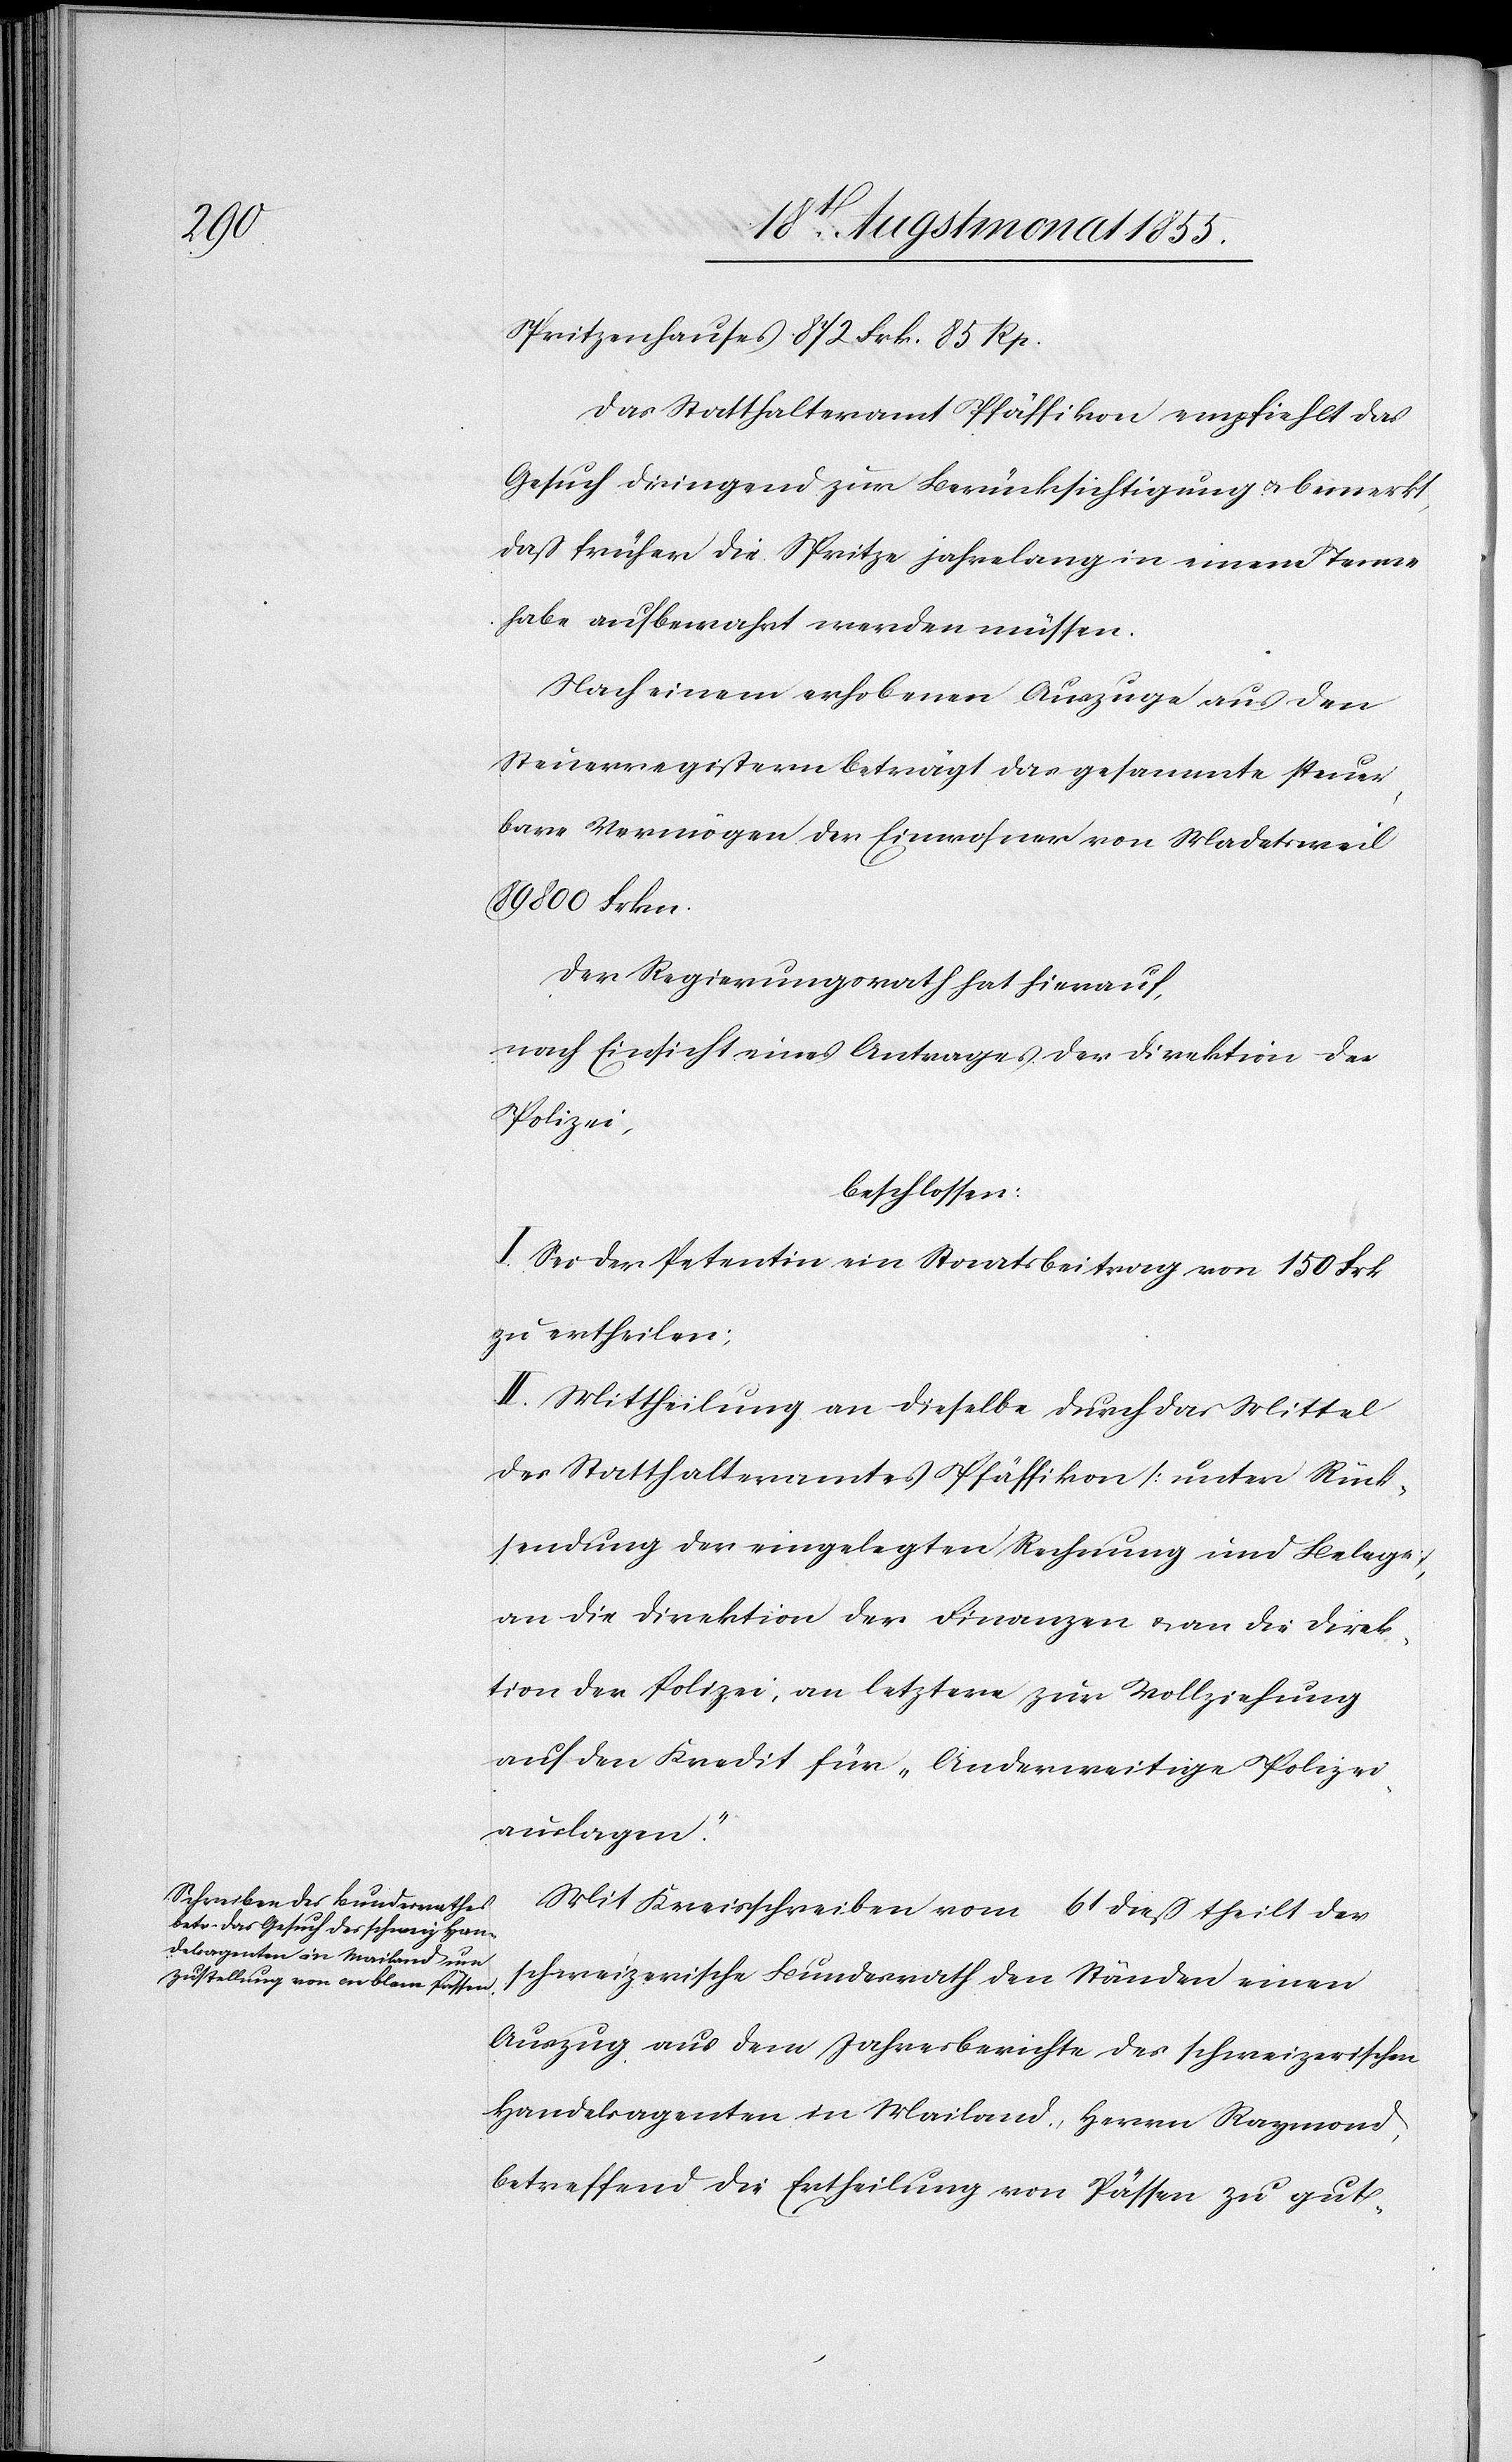
Spritzenhauses 872 Frk. 85 Rp.
Das Statthalteramt Pfäffikon empfiehlt das
Gesuch dringend zur Berücksichtigung & bemerkt,
daß früher die Spritze jahrelang in einem Tenne
habe aufbewahrt werden müssen.
Nach einem erhobenen Auszuge aus den
Steuerregistern beträgt das gesammte steuer¬
bare Vermögen der Einwohner von Madetsweil
89 800 Frkn.
Der Regierungsrath hat hierauf,
nach Einsicht eines Antrages der Direktion der
Polizei,
beschlossen:
I. Sei der Petentin ein Staatsbeitrag von 150 Frk.
zu ertheilen;
II. Mittheilung an dieselbe durch das Mittel
des Statthalteramtes Pfäffikon [unter Rück¬
sendung der eingelegten Rechnung und Belege],
an die Direktion der Finanzen & an die Direk¬
tion der Polizei, an letztere zur Vollziehung
auf den Kredit für „Anderweitige Polizei¬
auslagen“.
Mit Kreisschreiben vom 6t dieß theilt der
schweizerische Bundesrath den Ständen einen
Auszug aus dem Jahresberichte des schweizerischen
Handelsagenten in Mailand, Herrn Raymond,
betreffend die Ertheilung von Pässen zu gut-